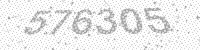
Solution: 576305